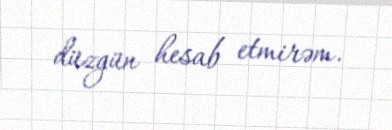
düzgün hesab etmirəm.